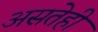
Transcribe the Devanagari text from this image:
असतेही